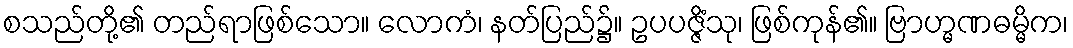
စသည်တို့၏ တည်ရာဖြစ်သော။ လောကံ၊ နတ်ပြည်၌။ ဥပပဇ္ဇိံသု၊ ဖြစ်ကုန်၏။ ဗြာဟ္မဏဓမ္မိက၊